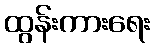
ထွန်းကားရေး